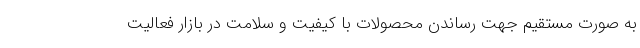
به صورت مستقیم جهت رساندن محصولات با کیفیت و سلامت در بازار فعالیت